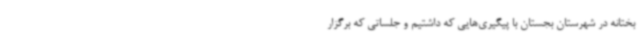
بختانه در شهرستان بجستان با پیگیری‌هایی که داشتیم و جلساتی که برگزار